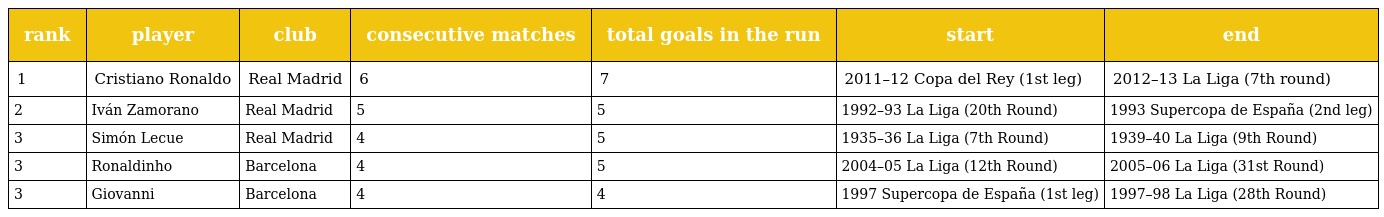
| rank | player | club | consecutive matches | total goals in the run | start | end |
 | --- | --- | --- | --- | --- | --- | --- |
 | 1 | Cristiano Ronaldo | Real Madrid | 6 | 7 | 2011–12 Copa del Rey (1st leg) | 2012–13 La Liga (7th round) |
 | 2 | Iván Zamorano | Real Madrid | 5 | 5 | 1992–93 La Liga (20th Round) | 1993 Supercopa de España (2nd leg) |
 | 3 | Simón Lecue | Real Madrid | 4 | 5 | 1935–36 La Liga (7th Round) | 1939–40 La Liga (9th Round) |
 | 3 | Ronaldinho | Barcelona | 4 | 5 | 2004–05 La Liga (12th Round) | 2005–06 La Liga (31st Round) |
 | 3 | Giovanni | Barcelona | 4 | 4 | 1997 Supercopa de España (1st leg) | 1997–98 La Liga (28th Round) |